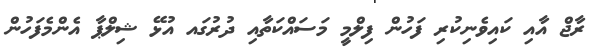
ރާޖް އާއި ކައިވެނިކުރި ފަހުން ފިލްމީ މަސައްކަތާއި ދުރުގައ އުޅޭ ޝިލްޕާ އެންމެފަހުން